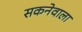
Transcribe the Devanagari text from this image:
सकनेवाला